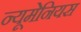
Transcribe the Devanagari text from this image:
न्यूमेनियस